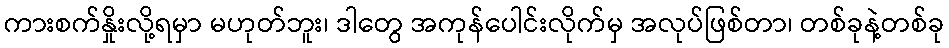
ကားစက်နှိုးလို့ရမှာ မဟုတ်ဘူး၊ ဒါတွေ အကုန်ပေါင်းလိုက်မှ အလုပ်ဖြစ်တာ၊ တစ်ခုနဲ့တစ်ခု